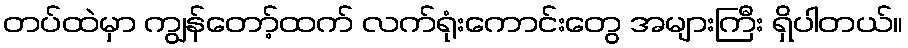
တပ်ထဲမှာ ကျွန်တော့်ထက် လက်ရုံးကောင်းတွေ အများကြီး ရှိပါတယ်။